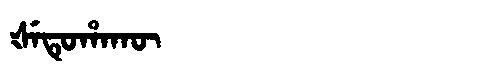
Manchu: ᡧᡝᡨᡠᡥᠠᡴᡡ
Romanization: ŠETUHAKŪ